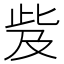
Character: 𣥨